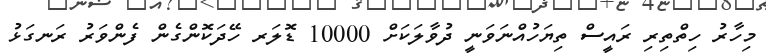
މިހާރު ހިތްތިރި ރައީސް ތިޔަހުއްނަވަނީ ދުވާލަކަށް 10000 ޑޮލަރ ހޭދަކޮންގެން ފެންވަރު ރަނގަޅު